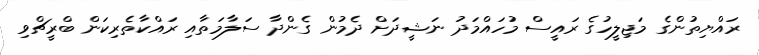
ރައްޔިތުންގެ މަޖިލީހުގެ ރައީސް މުހައްމަދު ނަޝީދަށް ދެމުން ގެންދާ ސަލާމަތާއި ރައްކާތެރިކަން ބްރީޗްވި